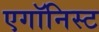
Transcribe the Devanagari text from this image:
एगॉनिस्ट